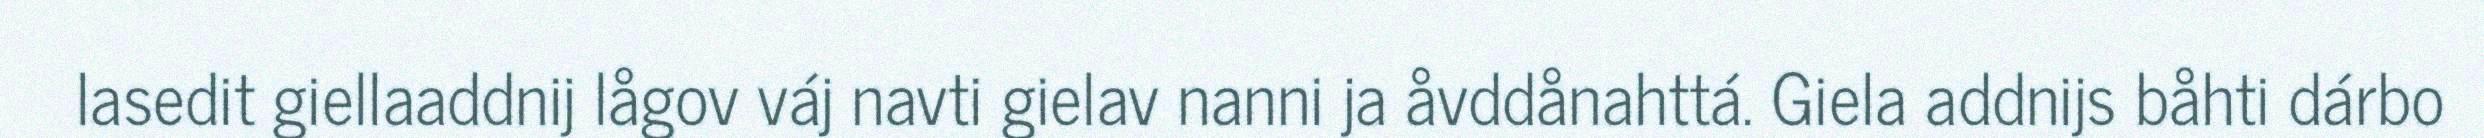
lasedit giellaaddnij lågov váj navti gielav nanni ja åvddånahttá. Giela addnijs båhti dárbo